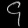
Digit: ၄